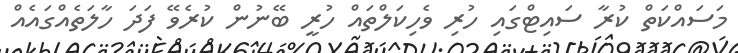
މަސައްކަތް ކުރާ ސައިޓްގައި ހުރި ވެހިކަލްތައް ހުރީ ބޭނުން ކުރެވޭ ފަދަ ހާލަތެއްގައެއް